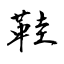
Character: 鞋